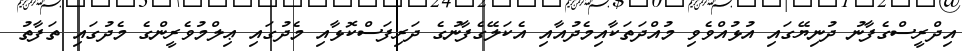
އިދްރީސްގެފާނު ދުނިޔޭގައި އުޅުއްވެވި މުއްދަތަކާއިމެދުއާއި އެކަލޭގެފާނުގެ ދަރިފަސްކޮޅާއި މެދުގައި ޢިލްމުވެރީންގެ މެދުގައި ތަފާތު